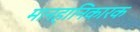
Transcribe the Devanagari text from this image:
मानहानिकारक